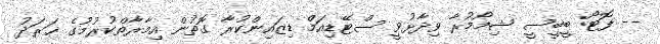
-- ފޮޓޯ: ބީބީސީ ޝިމޯމުރާ ވިދާޅުވީ ސްޓޭޑިއަމް ޑިޒައިންކުރާ ގޮތުން އިމާރާތްކުުރުމުގެ ޚަރަދު